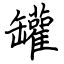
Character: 罐